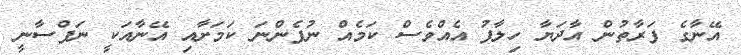
އޭނާގެ ފަރާތުން އާދަޔާ ހިލާފު އެއްވެސް ކަމެއް ނުފެންނަ ކަމަށާއި އޭނާއަކީ ނަފްސާނީ